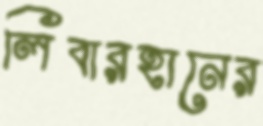
লিবারহানের